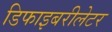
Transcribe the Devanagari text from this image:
डिफाइबरीलेटर